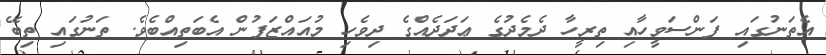
އެތަނުގައި ފަންސަވީހާއި ތިރީހާ ދެމެދުގެ ޢަދަދެއްގެ ދިވެހި މުއައްޒަފުން އެބަތިއްބެވެ. ތަނުގައި ތިބޭ